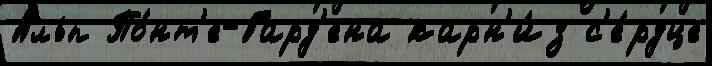
Альп По́нт'е-Гард'ена карн'и́з с'е́рдце